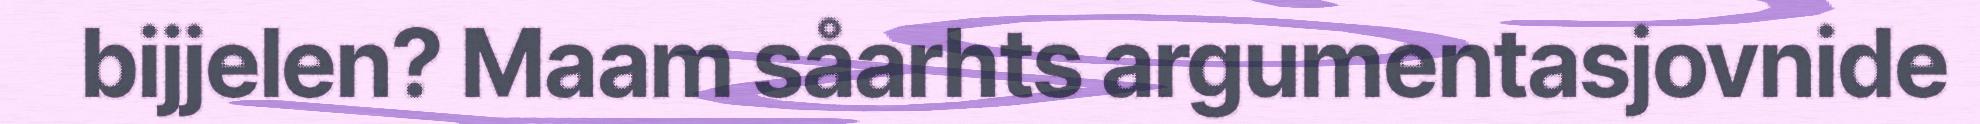
bijjelen? Maam såarhts argumentasjovnide